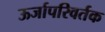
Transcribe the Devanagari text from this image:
ऊर्जापरिवर्तक